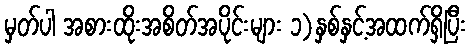
မှတ်ပါ အစားထိုးအစိတ်အပိုင်းများ ၁)နှစ်နှင့်အထက်ရှိပြီး